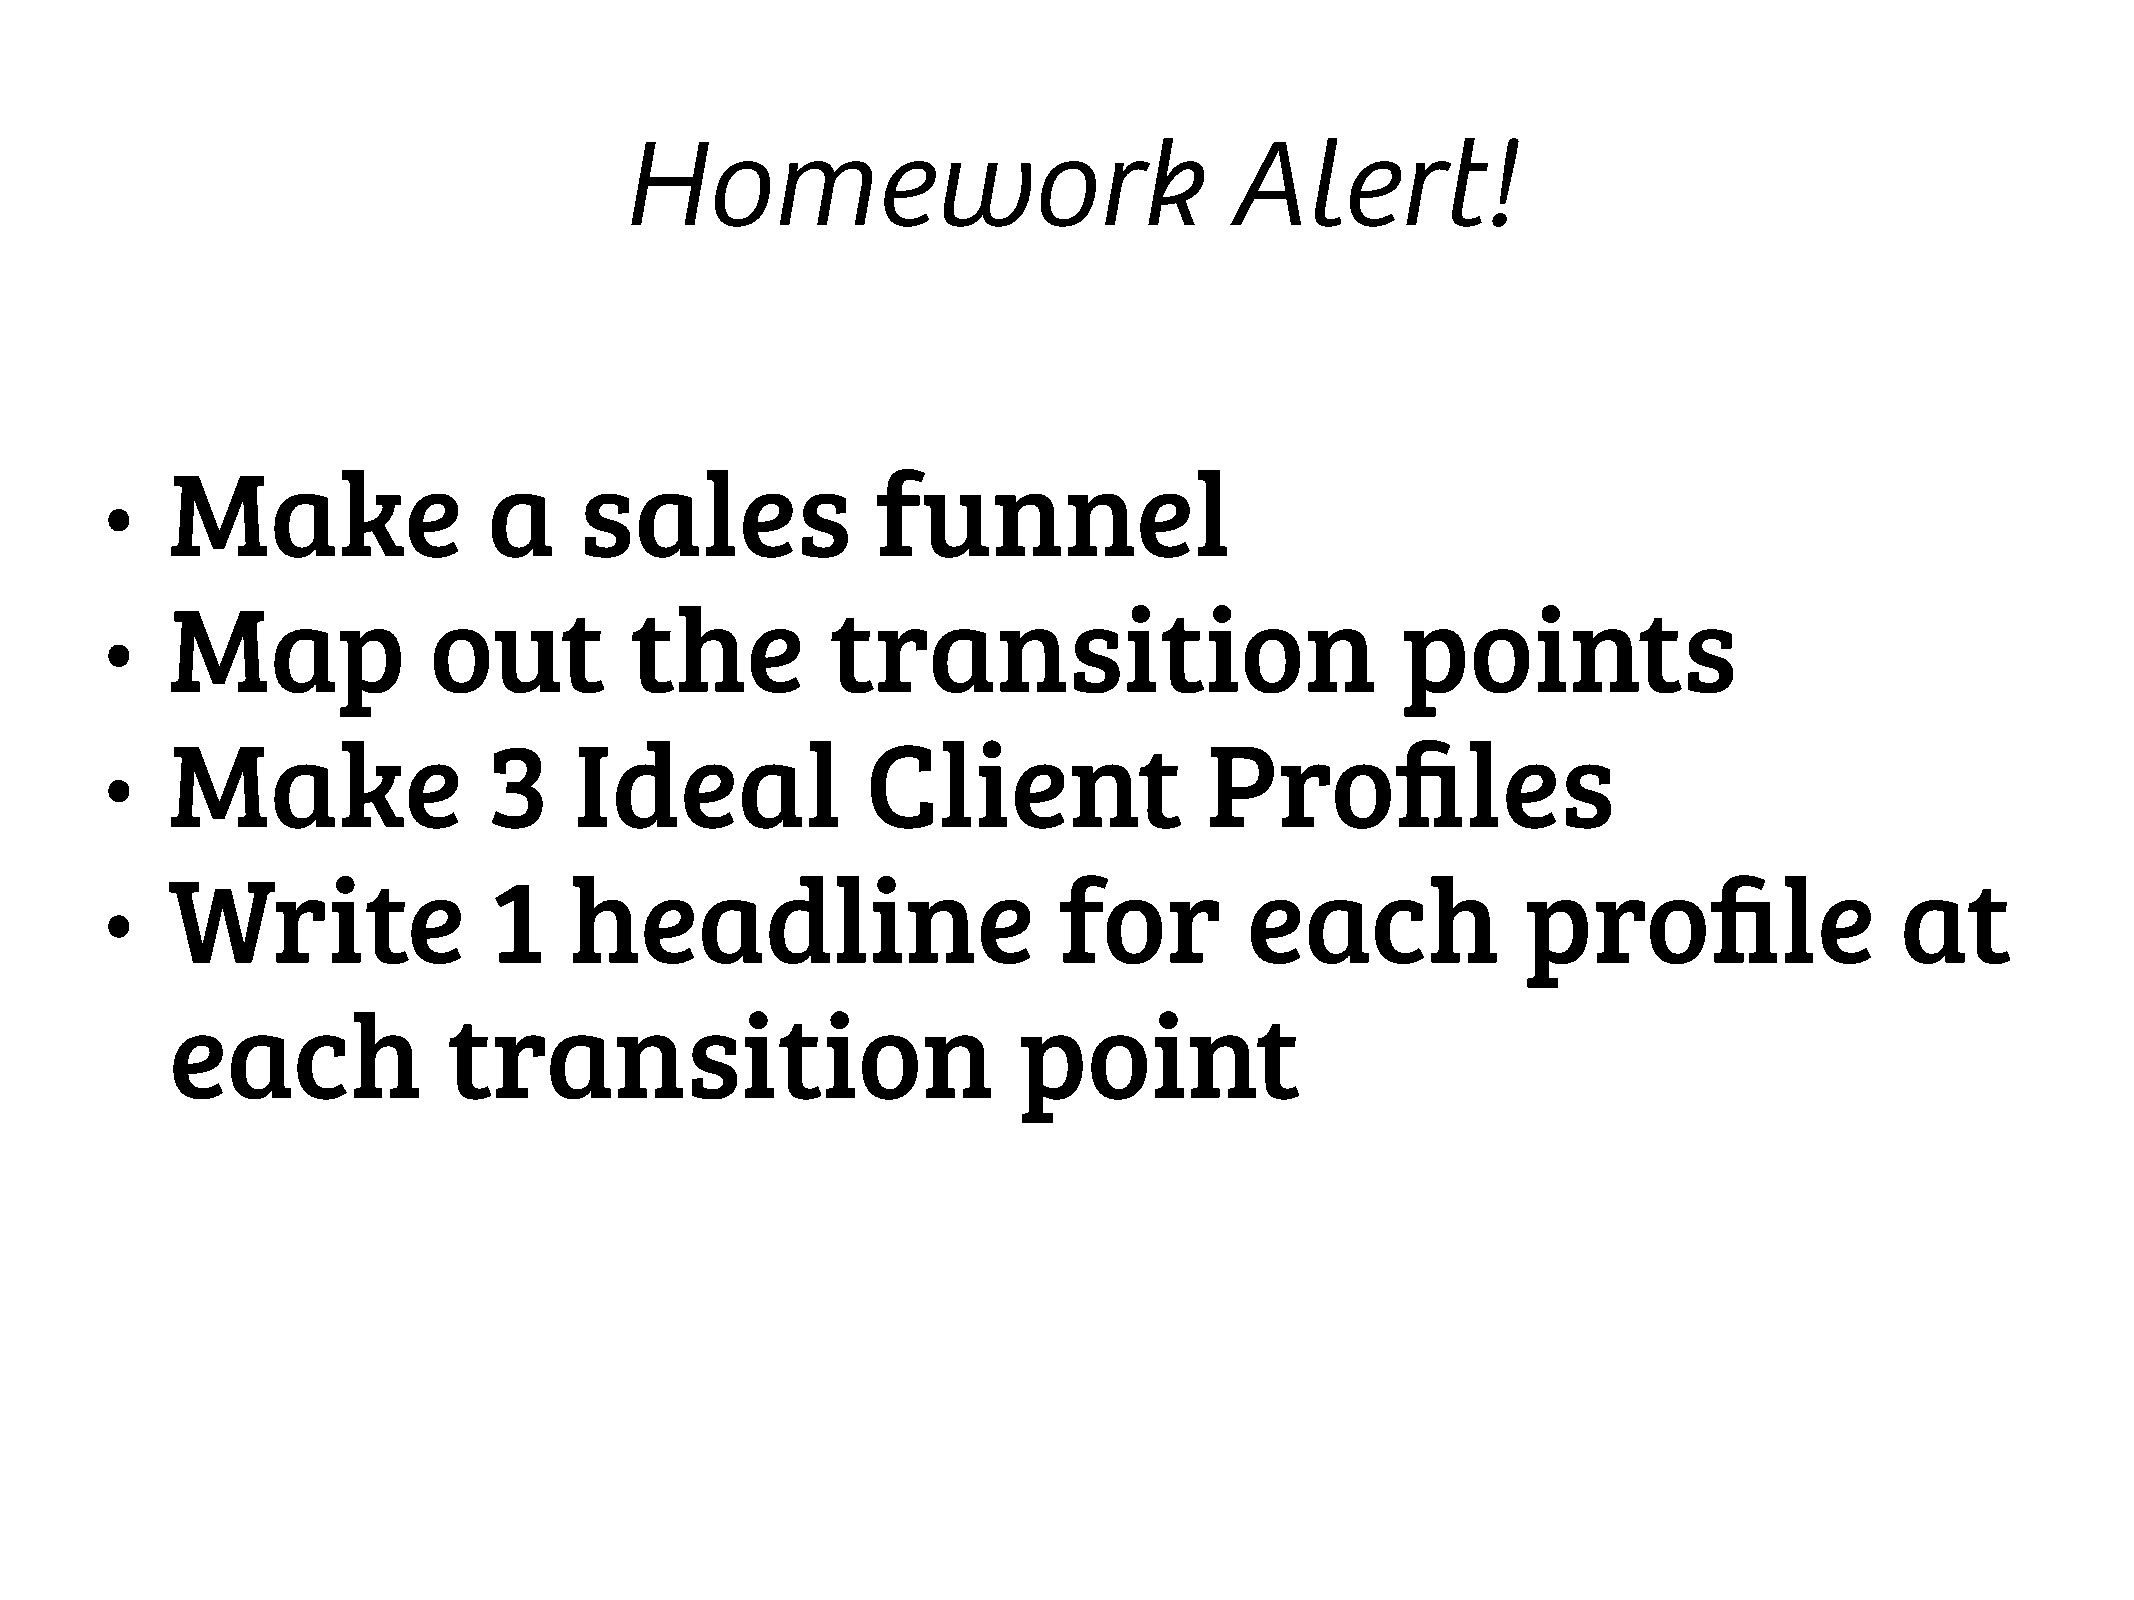
Homework                                Alert!
 Make                 a     sales               funnel
 •
 Map              out           the          transition                            points
 •
 Make                 3     Ideal              Client                 Profiles
 •
 Write                1     headline                        for         each               profile                  at
 •
 each               transition                           point